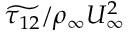
\widetilde { \tau _ { 1 2 } } / \rho _ { \infty } U _ { \infty } ^ { 2 }